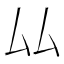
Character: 厸